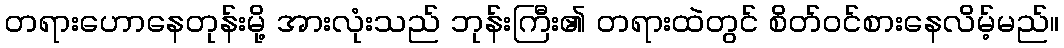
တရားဟောနေတုန်းမို့ အားလုံးသည် ဘုန်းကြီး၏ တရားထဲတွင် စိတ်ဝင်စားနေလိမ့်မည်။